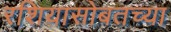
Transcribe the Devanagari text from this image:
रशियासोबतच्या